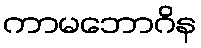
ကာမဘောဂိန